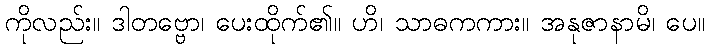
ကိုလည်း။ ဒါတဗ္ဗော၊ ပေးထိုက်၏။ ဟိ၊ သာဓကကား။ အနုဇာနာမိ၊ ပေ။